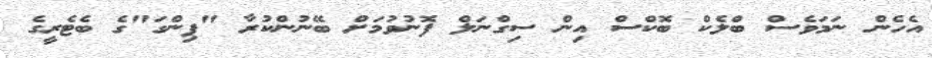
އެހެން ނަމަވެސް ބްލެކް ބޮކްސް އިން ސިގްނަލް ފޮނުވުމަށް ބޭނުންކުރާ "ޕިންގަ"ގެ ބެޓެރީގެ